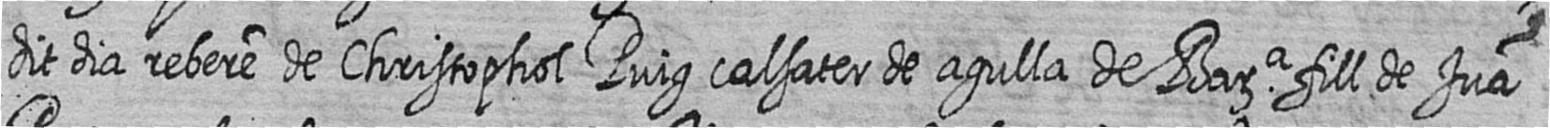
dit dia rebere de Christophol Puig calsater de agulla de Bara fill de Jua